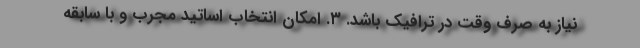
نیاز به صرف وقت در ترافیک باشد. ۳. امکان انتخاب اساتید مجرب و با سابقه